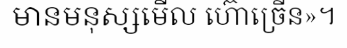
មានមនុស្សមើល ហ៊ោច្រើន»។